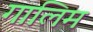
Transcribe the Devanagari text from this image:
गालिम